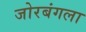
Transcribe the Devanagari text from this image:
जोरबंगला